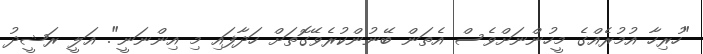
"ހުރިހާ އުމުރެއްގެ މީހުންނަށްވެސް އެތަން ބޭނުންކުރެވޭގޮތަށް ހަދާފައި މި އިންނަނީ". އަލީ ރަޝީދު